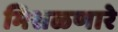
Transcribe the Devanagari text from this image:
मिसळणारे